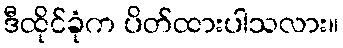
ဒီထိုင်ခုံက ပိတ်ထားပါသလား။